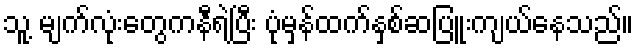
သူ့ မျက်လုံးတွေကနီရဲပြီး ပုံမှန်ထက်နှစ်ဆပြူးကျယ်နေသည်။